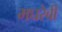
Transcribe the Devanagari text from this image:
मघरेबी